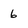
Character: 6